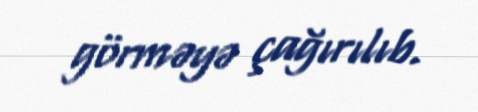
görməyə çağırılıb.